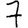
Digit: 7